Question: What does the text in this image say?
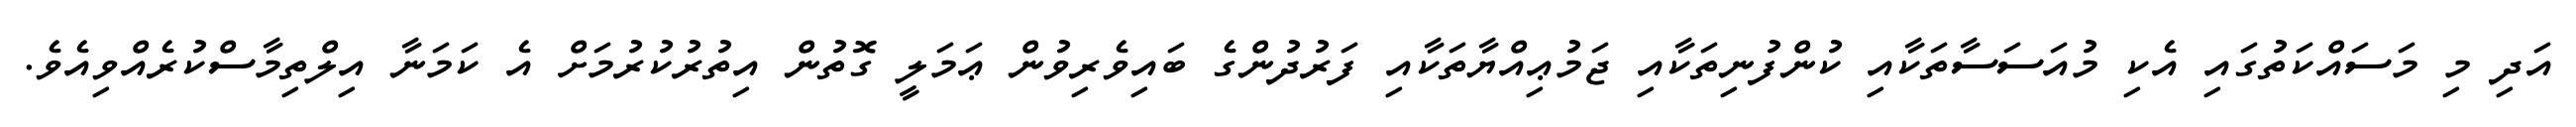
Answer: އަދި މި މަސައްކަތުގައި އެކި މުއަސަސާތަކާއި ކުންފުނިތަކާއި ޖަމުޢިއްޔާތަކާއި ފަރުދުންގެ ބައިވެރިވުން ޢަމަލީ ގޮތުން އިތުރުކުރުމަށް އެ ކަމަނާ އިލްތިމާސްކުރެއްވިއެވެ.